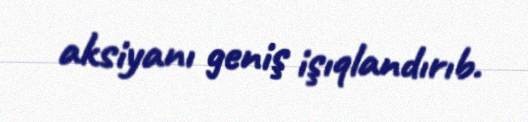
aksiyanı geniş işıqlandırıb.